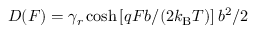
\begin{array} { r } { D ( F ) = \gamma _ { r } \cosh \left[ q F b / ( 2 k _ { \mathrm { B } } T ) \right] b ^ { 2 } / 2 } \end{array}